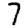
Digit: 7